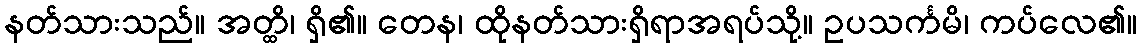
နတ်သားသည်။ အတ္ထိ၊ ရှိ၏။ တေန၊ ထိုနတ်သားရှိရာအရပ်သို့။ ဥပသင်္ကမိ၊ ကပ်လေ၏။